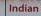
indian